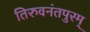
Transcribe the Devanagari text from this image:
तिरुवनंतपुरम्‌